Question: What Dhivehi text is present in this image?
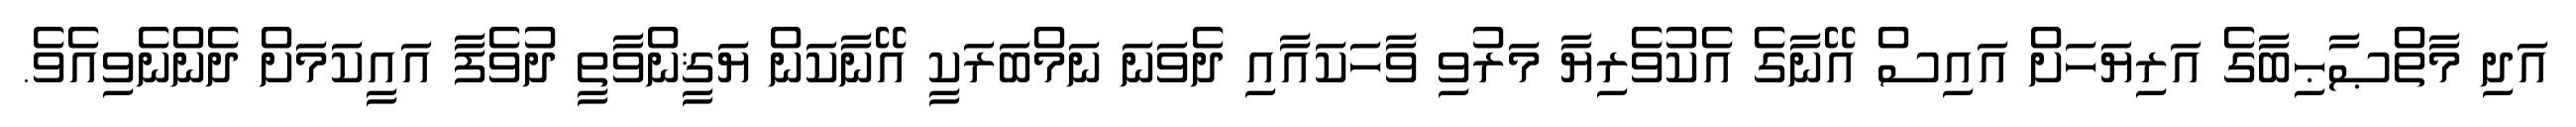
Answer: އަދި މާތްޞާޙިބާގެ އަރިޔަހަށް އައިސް އޭނާގެ އެކުވެރިޔާ މަރުވި ވާހަކައާއި ދެވަނަ ނަމްބަރަކީ އޭނާކަން ޔަޤީންވާތީ ދުވެފާ އައީކަމަށް ދެންނެވިއެވެ.